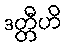
ဒတ္တီဟိ